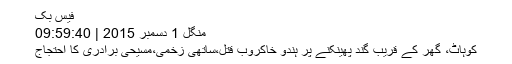
فیس بک
منگل 1 دسمبر 2015 | 09:59:40
کوہاٹ، گھر کے قریب گند پھینکنے پر ہندو خاکروب قتل،ساتھی زخمی،مسیحی برادری کا احتجاج